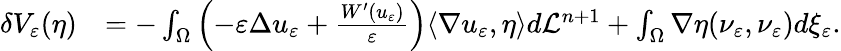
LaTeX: \begin{array}{rl}{\delta V_{\varepsilon}(\eta)}&{=-\int_{\Omega}\left(-\varepsilon\Delta u_{\varepsilon}+\frac{W^{\prime}(u_{\varepsilon})}{\varepsilon}\right)\langle\nabla u_{\varepsilon},\eta\rangle d\mathcal L^{n+1}+\int_{\Omega}\nabla\eta(\nu_{\varepsilon},\nu_{\varepsilon})d\xi_{\varepsilon}.}\end{array}